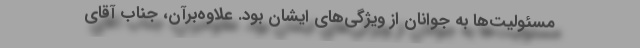
مسئولیت‌ها به جوانان از ویژگی‌های ایشان بود. علاوه‌بر‌آن، جناب آقای